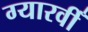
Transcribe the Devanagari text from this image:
ग्यारवीँ